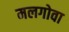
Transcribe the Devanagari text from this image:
मलगोवा